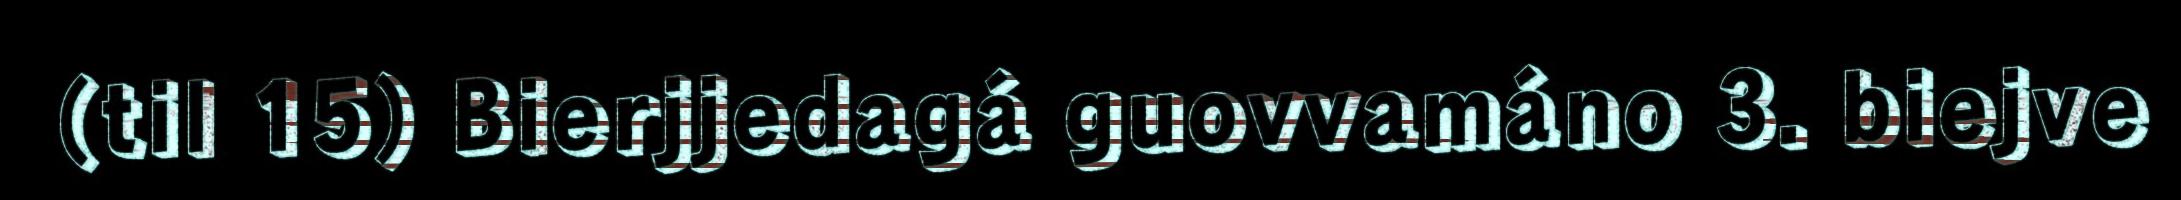
(til 15) Bierjjedagá guovvamáno 3. biejve